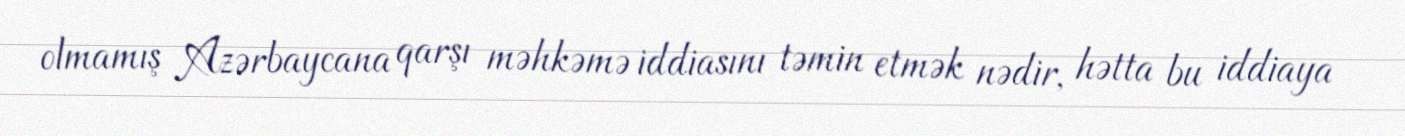
olmamış Azərbaycana qarşı məhkəmə iddiasını təmin etmək nədir, hətta bu iddiaya